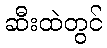
ဆီးထဲတွင်